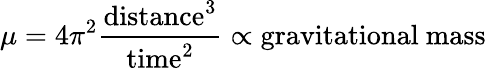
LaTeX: \mu=4\pi^{2}{\frac{{\mathrm{distance}}^{3}}{{\mathrm{time}}^{2}}}\propto{\mathrm{gravitational~mass}}